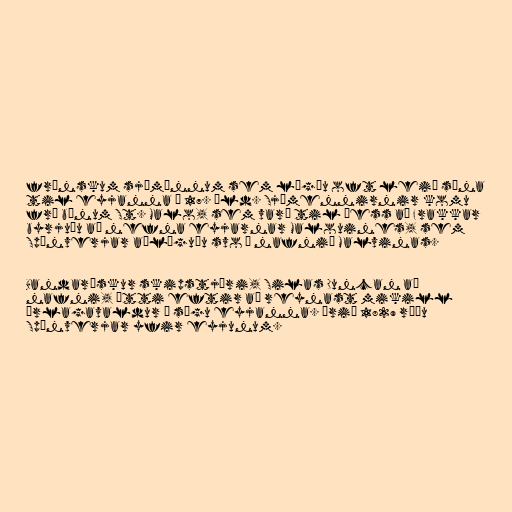
frönskum sjómönnum sem lögðu oft leið sína
til eyjanna á 17. öld. Sjómennirnir komu
frá bænum St. Malo, sem varð til þess að Frakkar
byrjuðu að nefna eyjarnar Malouines, sem
Spánverjar aðlöguðu svo í nafnið Malvinas.

Bandarískur skipstjóri, Silas Duncan að
nafni, átti eftir að reynast mikill
örlagavaldur í sögu eyjanna. Árið 1829 réðu
Spánverjar yfir eyjunum.